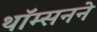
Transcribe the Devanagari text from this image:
थॉम्सनने